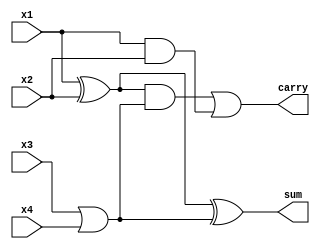
module strollo1(x1,x2,x3,x4,sum,carry);
 output sum,carry;
 input x1,x2,x3,x4;
 wire t1,t2,t3,t4,t5,t6;
  
 assign t1 = x1^x2;
 assign t2 = x3|x4;
 assign t3 = t1^t2;
 assign t4 = t1&t2;
 assign t5 = x1&x2;
 
 assign sum =t3;// Sum
 assign carry = t4|t5; // Carry Out

endmodule